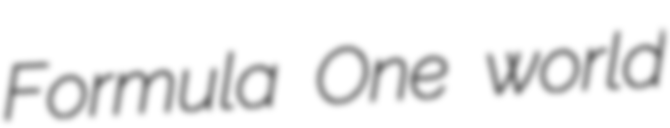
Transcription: Formula One world